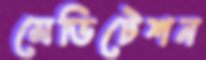
মেডিটেশন